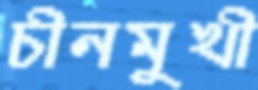
চীনমুখী